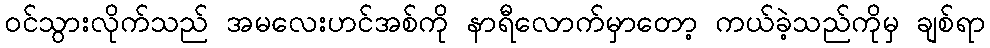
ဝင်သွားလိုက်သည် အမလေးဟင်အစ်ကို နာရီလောက်မှာတော့ ကယ်ခဲ့သည်ကိုမှ ချစ်ရာ